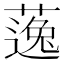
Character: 𱾠